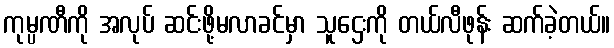
ကုမ္ပဏီကို အလုပ် ဆင်းဖို့မလာခင်မှာ သူဌေးကို တယ်လီဖုန်း ဆက်ခဲ့တယ်။